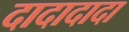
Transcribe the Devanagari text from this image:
दादादादा